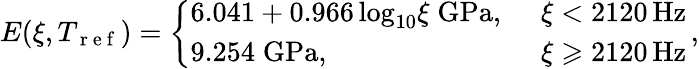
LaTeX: E(\xi,T_{\mathrm{~r~e~f~}})=\left\{ \begin{array}{ll}{6.041+0.966{\, \log_{10}}{\xi}\mathrm{\; GPa,\ }}&{\xi<2120\mathrm{\, Hz}}\\ {9.254\mathrm{\; GPa,\ }}&{\xi\geqslant 2120\mathrm{\, Hz}}\end{array}\right.\, ,